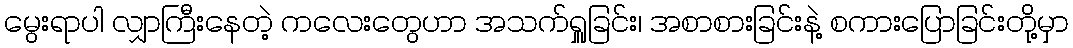
မွေးရာပါ လျှာကြီးနေတဲ့ ကလေးတွေဟာ အသက်ရှူခြင်း၊ အစာစားခြင်းနဲ့ စကားပြောခြင်းတို့မှာ